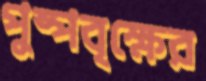
পুষ্পবৃক্ষের